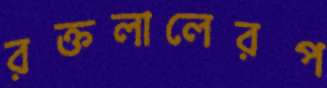
রক্তলালেরপ